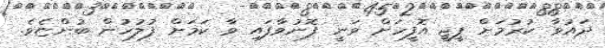
ދައުވާ ކުރުމަށް ޕީޖީ އޮފީހަށް ވަނީ ފޮނުވާފައި ވާ ކަމަށް ފުލުހުން ބުންޏެވެ.